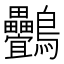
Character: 䴑